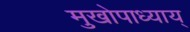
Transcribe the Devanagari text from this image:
मुखोपाध्याय्